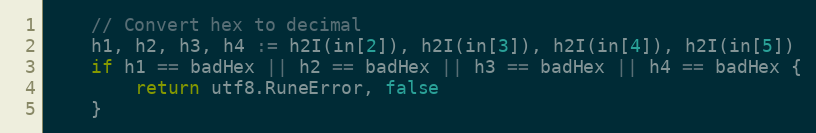
Language: Go
	// Convert hex to decimal
	h1, h2, h3, h4 := h2I(in[2]), h2I(in[3]), h2I(in[4]), h2I(in[5])
	if h1 == badHex || h2 == badHex || h3 == badHex || h4 == badHex {
		return utf8.RuneError, false
	}